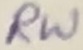
Text: RW